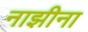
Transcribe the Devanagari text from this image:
नाझीना